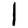
Digit: 1